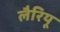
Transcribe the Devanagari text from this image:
लैरियू